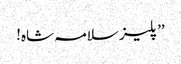
’’پلیز سلامہ شاہ!